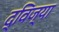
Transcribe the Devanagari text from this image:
द्विज्या